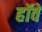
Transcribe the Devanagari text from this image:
हॉवे